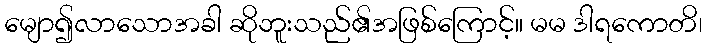
မျော၍လာသောအခါ ဆိုဘူးသည်၏အဖြစ်ကြောင့်။ မမ ဒါရကောတိ၊